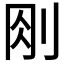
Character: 𠛧